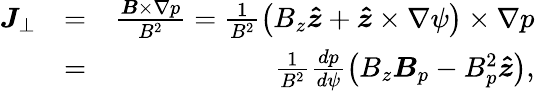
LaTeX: \begin{array}{rlr}{\boldsymbol{J}_{\perp}}&{=}&{\frac{\boldsymbol{B}\times\nabla p}{B^{2}}=\frac{1}{B^{2}}\left(B_{z}\boldsymbol{\hat{z}}+\boldsymbol{\hat{z}}\times\nabla\psi\right)\times\nabla p}\\ &{=}&{\frac{1}{B^{2}}\frac{dp}{d\psi}\left(B_{z}\boldsymbol{B}_{p}-B_{p}^{2}\boldsymbol{\hat{z}}\right),}\end{array}